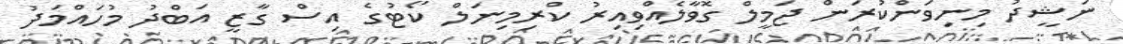
ނަޝީދު މިނިވަންކުރަން ޖަމީލް ގޮވާލެއްވިއިރު ކްރިމިނަލް ކޯޓުގެ އިސް ގާޒީ އަބްދު މުހައްމަދު